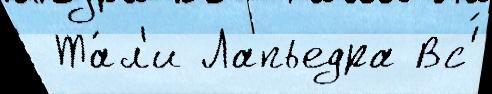
 Та́л'и Лапьедра Вс'́